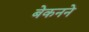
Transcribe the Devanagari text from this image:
बेकनने